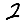
Digit: 2